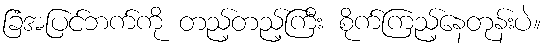
ခြံအပြင်ဘက်ကို တည့်တည့်ကြီး စိုက်ကြည့်နေတုန်းပဲ။